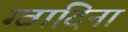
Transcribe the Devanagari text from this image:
ग्वादिना